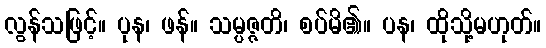
လွန်သဖြင့်။ ပုန၊ ဖန်။ သမ္ပဇ္ဇတိ၊ စပ်မိ၏။ ပန၊ ထိုသို့မဟုတ်။